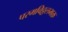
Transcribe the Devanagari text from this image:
परमविठ्ठलभक्त